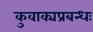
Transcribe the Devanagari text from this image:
कुवाक्यप्रबन्धः